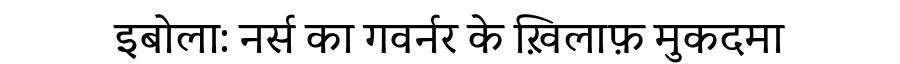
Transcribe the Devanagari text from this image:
इबोला: नर्स का गवर्नर के ख़िलाफ़ मुकदमा